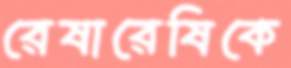
রেষারেষিকে